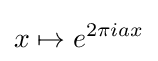
x\mapsto e^{2\pi iax}